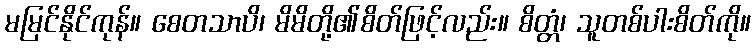
မမြင်နိုင်ကုန်။ စေတသာပိ၊ မိမိတို့၏စိတ်ဖြင့်လည်း။ စိတ္တံ၊ သူတစ်ပါးစိတ်ကို။